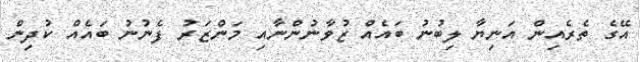
އޭގެ ތެރެއިން އަނިޔާ ލިބުނު ބައެއް ޒުވާނުންނާއި މަންޒަރު ފެނުނު ބައެއް ކުދިން